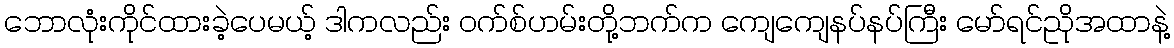
ဘောလုံးကိုင်ထားခဲ့ပေမယ့် ဒါကလည်း ဝက်စ်ဟမ်းတို့ဘက်က ကျေကျေနပ်နပ်ကြီး မော်ရင်ညိုအထာနဲ့